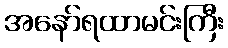
အနော်ရထာမင်းကြီး